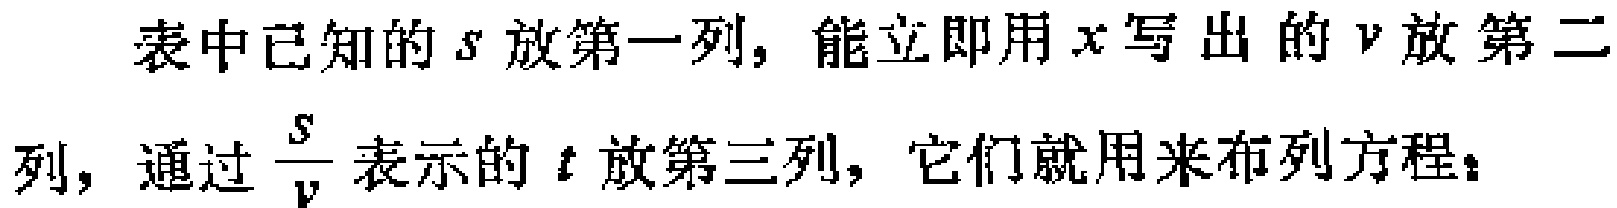
表中已知的\(s\)放第一列，能立即用\(x\)写出的\(v\)放第二列，通过\(\frac{s}{v}\)表示的\(t\)放第三列，它们就用来布列方程：